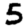
Digit: 5